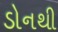
ડોનથી